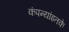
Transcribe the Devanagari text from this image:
कंपन्यांइतके